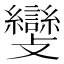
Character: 𣀵